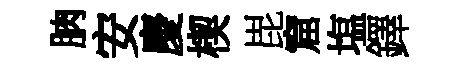
朒安慶楔毘窟塩鐸